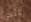
نائبي